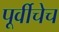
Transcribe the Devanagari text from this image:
पूर्वीचेच